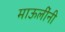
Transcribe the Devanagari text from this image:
माऊलींनी